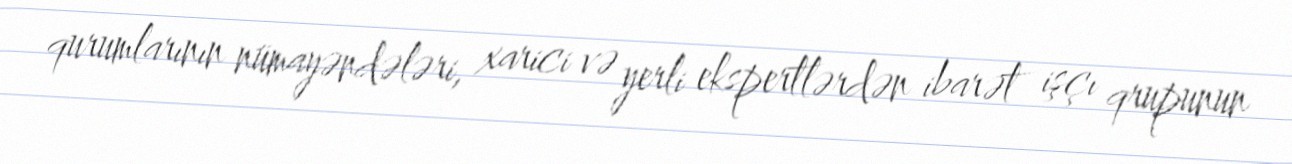
qurumlarının nümayəndələri, xarici və yerli ekspertlərdən ibarət işçı qrupunun